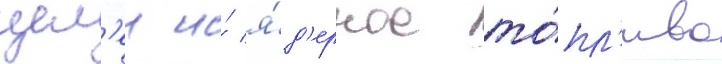
цел'еи и́ я́д'ерное то́пл'иво